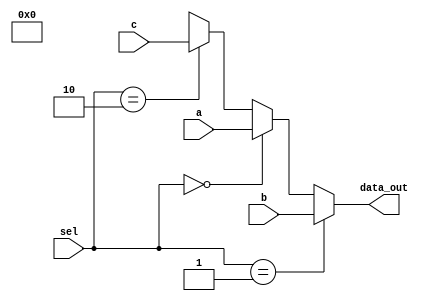
`timescale 1ns / 1ps
//////////////////////////////////////////////////////////////////////////////////
// Company: 
// Engineer: 
// 
// Design Name: 
// Module Name: mux_3x1
// Project Name: 
// Target Devices: 
// Tool Versions: 
// Description: 
// 
// Dependencies: 
// 
// Revision:
// Revision 0.01 - File Created
// Additional Comments:
// 
//////////////////////////////////////////////////////////////////////////////////


module mux3x1(
    input [63:0] a, b, c,
    input [1:0] sel,
    output reg [63:0] data_out   
);

always @(*) begin
    if (sel == 2'b01) begin    // If sel is 01, select input B
        data_out = b;
    end
    else if (sel == 2'b00) begin    // If sel is 00, select input A
        data_out = a;
    end
    else if (sel == 2'b10) begin    // If sel is 10, select input C
        data_out = c;
    end
    else begin    // For all other cases, output X (undefined)
        data_out = 2'bX;
    end
end


endmodule